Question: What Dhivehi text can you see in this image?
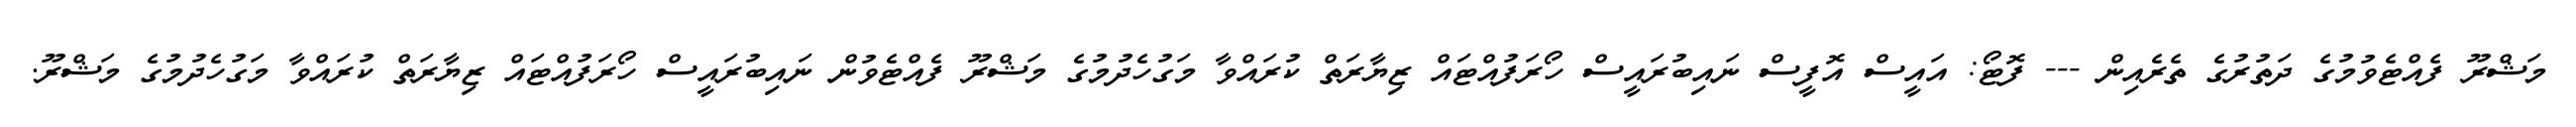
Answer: މަޝްރޫ ފެއްޓެވުމުގެ ދަތުރުގެ ތެރެއިން --- ފޮޓޯ: އައީސް އޮފީސް ނައިބުރައީސް ހޯރަފުއްޓައް ޒިޔާރަތް ކުރައްވާ މަގުހެދުމުގެ މަޝްރޫ ފެއްޓެވުން ނައިބުރައީސް ހޯރަފުއްޓައް ޒިޔާރަތް ކުރައްވާ މަގުހެދުމުގެ މަޝްރޫ.